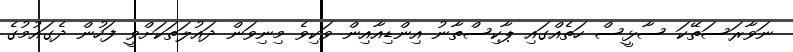
ނަވާރަސަތޭކަ ސާޅީސް ހަތެއްގައި ޕާކިސްތާނު އިންޑިއާއިން ވަކިވެ މިނިވަން ދައުލަތަކަށްވީ ފަހުން ދެގައުމުގެ